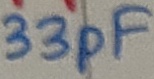
Text: 33pF